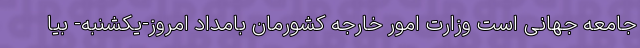
جامعه جهانی است وزارت امور خارجه کشورمان بامداد امروز-یکشنبه- بیا